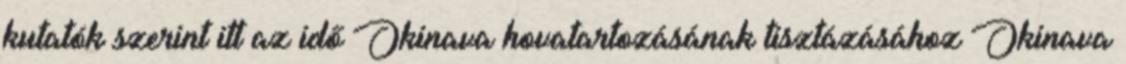
kutatók szerint itt az idő Okinava hovatartozásának tisztázásához Okinava